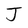
Character: J